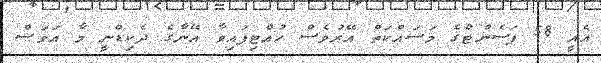
އެއީ 58 ޕަސެންޓްގެ މަސައްކަތް އޭރުވެސް ހުއްޓިފައިވާ އޭނާގެ ދެކިޑްނީ މާ އަވަސް